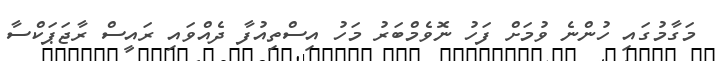
މަގާމުގައި ހުންނެ ވުމަށް ފަހު ނޮވެމްބަރު މަހު އިސްތިއުފާ ދެއްވައި ރައީސް ރާޖަޕަކްސާ